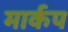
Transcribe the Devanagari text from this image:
मार्कप